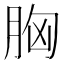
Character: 胸